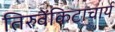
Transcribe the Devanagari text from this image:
तिरुवेंकिटाचार्य